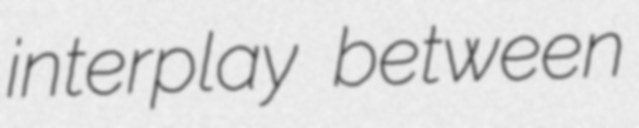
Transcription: interplay between